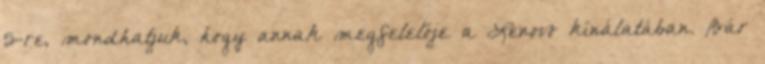
5-re, mondhatjuk, hogy annak megfelelője a Lenovo kínálatában. Bár